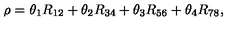
\rho = \theta _ { 1 } R _ { 1 2 } + \theta _ { 2 } R _ { 3 4 } + \theta _ { 3 } R _ { 5 6 } + \theta _ { 4 } R _ { 7 8 } ,